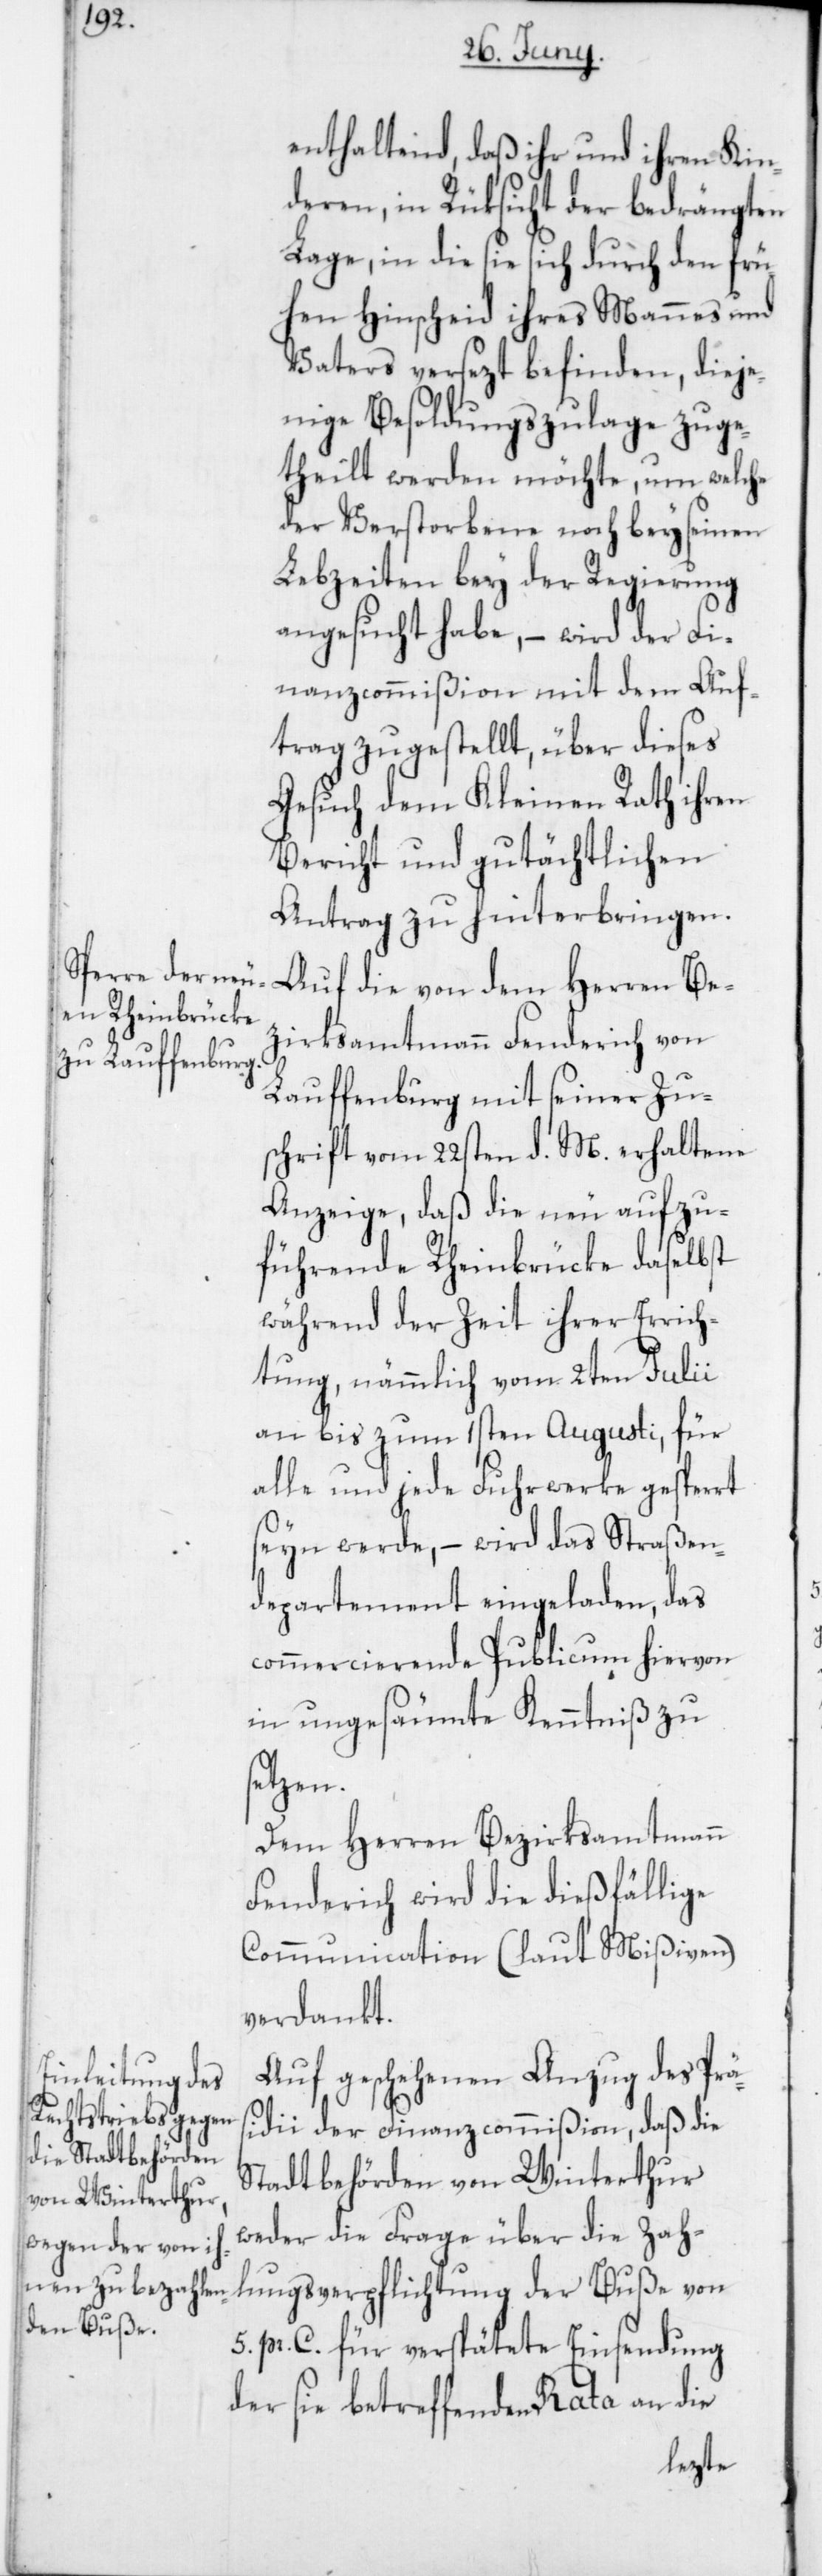
enthaltend, daß ihr und ihren Kin¬
deren, in Rüksicht der bedrängten
Lage, in die sie sich durch den frü¬
hen Hinscheid ihres Mannes und
Vaters versezt befinden, dieje¬
nige Besoldungszulage zuge¬
theilt werden möchte, um welche
der Verstorbene noch bey seinen
Lebzeiten bey der Regierung
angesucht habe, – wird der Fi¬
nanzcommißion mit dem Auf¬
trag zugestellt, über dieses
Gesuch dem Kleinen Rath ihren
Bericht und gutächtlichen
Antrag zu hinterbringen.
Auf die von dem Herren Be¬
zirksamtmann Fenderich von
Lauffenburg mit seiner Zu¬
schrift vom 22sten d. M. erhaltene
Anzeige, daß die neu aufzu¬
führende Rheinbrücke daselbst
während der Zeit ihrer Errich¬
tung, nämmlich vom 2ten Julii
an bis zum 1sten Augusti, für
alle und jede Fuhrwerke gesperrt
seyn werde, – wird das Straßen¬
departement eingeladen, das
commercierende Publicum hiervon
in ungesäumte Kenntniß zu
setzen.
Dem Herren Bezirksamtmann
Fenderich wird die dießfällige
Communication (laut Mißiven)
verdankt.
Auf geschehenen Anzug des Prä¬
sidii der Finanzcommißion, daß die
Stadtbehörden von Winterthur
weder die Frage über die Zah¬
lungsverpflichtung der Buße von
5. pr. C. für verspätete Einsendung
der sie betreffenden Rata an die